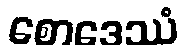
စောဒေဿံ